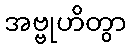
အဗ္ဗုဟိတွာ